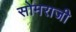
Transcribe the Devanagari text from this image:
सोमराजी